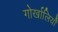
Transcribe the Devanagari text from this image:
गोर्खालियोँ